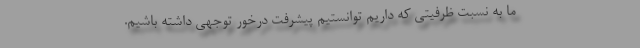
ما به نسبت ظرفیتی که داریم توانستیم پیشرفت درخور توجهی داشته باشیم.